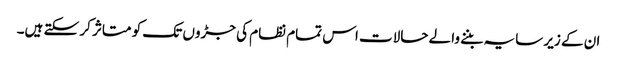
ان کے زیر سایہ بننے والے حالات اس تمام نظام کی جڑوں تک کو متاثر کر سکتے ہیں۔